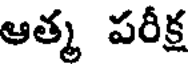
ఆత్మ పరీక్ష